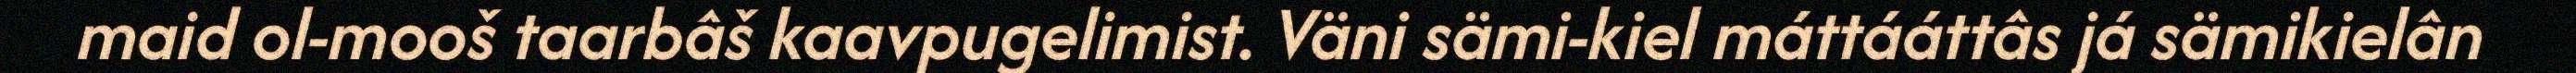
maid ol-mooš taarbâš kaavpugelimist. Väni sämi-kiel máttááttâs já sämikielân